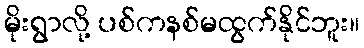
မိုးရွာလို့ ပစ်ကနစ်မထွက်နိုင်ဘူး။